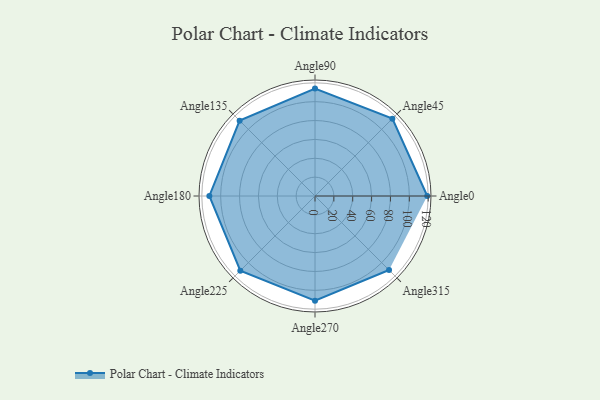
{"axis": {"x": "Angle", "y": "Radius"}, "legend": [""], "data": [{"x": "Angle0", "y": 119.0, "type": ""}, {"x": "Angle45", "y": 116.0, "type": ""}, {"x": "Angle90", "y": 114.0, "type": ""}, {"x": "Angle135", "y": 113.0, "type": ""}, {"x": "Angle180", "y": 112.0, "type": ""}, {"x": "Angle225", "y": 112.0, "type": ""}, {"x": "Angle270", "y": 111.0, "type": ""}, {"x": "Angle315", "y": 111.0, "type": ""}]}